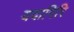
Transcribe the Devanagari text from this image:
यदागिरि